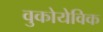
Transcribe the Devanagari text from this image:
वुकोयेविक